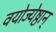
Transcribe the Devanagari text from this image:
वयोज्येष्ठान्‌